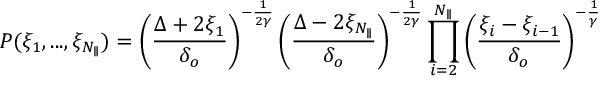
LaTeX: P ( \xi _ { 1 } , . . . , \xi _ { N _ { \parallel } } ) = \left( \frac { \Delta + 2 \xi _ { 1 } } { \delta _ { o } } \right) ^ { - \frac { 1 } { 2 \gamma } } \left( \frac { \Delta - 2 \xi _ { N _ { \parallel } } } { \delta _ { o } } \right) ^ { - \frac { 1 } { 2 \gamma } } \prod _ { i = 2 } ^ { N _ { \parallel } } \left( \frac { \xi _ { i } - \xi _ { i - 1 } } { \delta _ { o } } \right) ^ { - \frac { 1 } { \gamma } }